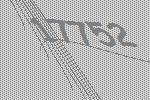
17752